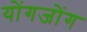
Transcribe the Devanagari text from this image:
योंगजोंग